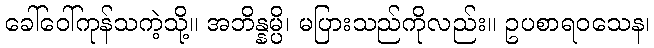
ခေါ်ဝေါ်ကုန်သကဲ့သို့။ အဘိန္နမ္ပိ၊ မပြားသည်ကိုလည်း။ ဥပစာရဝသေန၊